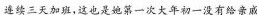
连续三天加班，这也是她第一次大年初一没有给亲戚